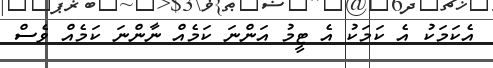
އެކަމަކު އެ ކަމަކު އެ ޓީމު އަންނަ ކަމެއް ނާންނަ ކަމެއް ވެސް